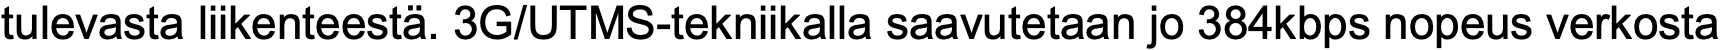
tulevasta liikenteestä. 3G/UTMS-tekniikalla saavutetaan jo 384kbps nopeus verkosta